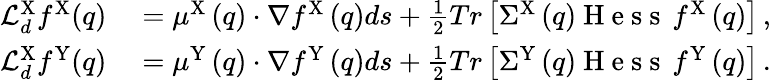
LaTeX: \begin{array}{rl}{\mathcal{L}_{d}^{\mathrm{X}}f^{\mathrm{X}}(q)}&{{}=\mu^{\mathrm{X}}\left(q\right)\cdot\nabla f^{\mathrm{X}}\left(q\right)ds+\frac{1}{2}Tr\left[\Sigma^{\mathrm{X}}\left(q\right)\mathrm{~H~e~s~s~}\, f^{\mathrm{X}}\left(q\right)\right]\, ,}\\ {\mathcal{L}_{d}^{\mathrm{X}}f^{\mathrm{Y}}(q)}&{{}=\mu^{\mathrm{Y}}\left(q\right)\cdot\nabla f^{\mathrm{Y}}\left(q\right)ds+\frac{1}{2}Tr\left[\Sigma^{\mathrm{Y}}\left(q\right)\mathrm{~H~e~s~s~}\, f^{\mathrm{Y}}\left(q\right)\right]\, .}\end{array}